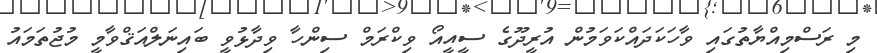
މި ރަސްމިއްޔާތުގައި ވާހަކަދައްކަވަމުން އުރީދޫގެ ސީއީއޯ ވިކްރަމް ސިންހާ ވިދާޅުވީ ބައިނަލްއަޤްވާމީ މުޖުތަމައު